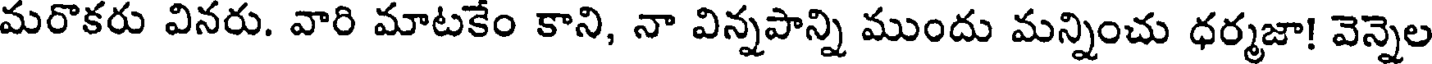
మరొకరు వినరు. వారి మాటకేం కాని, నా విన్నపాన్ని ముందు మన్నించు ధర్మజా! వెన్నెల